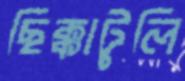
ছিক্কাটুলি